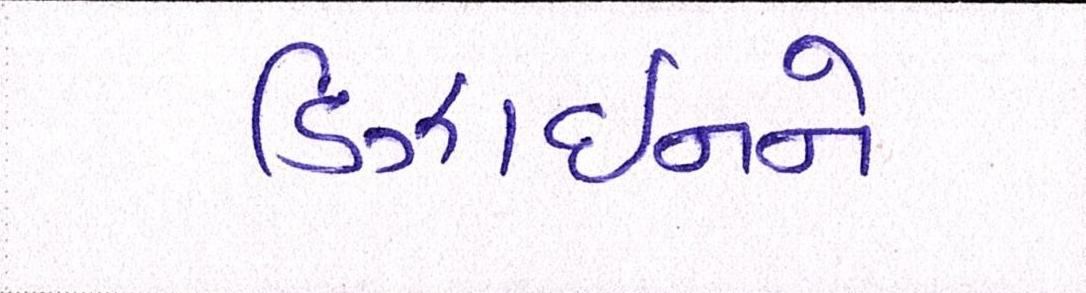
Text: ડિઝાઈનને